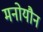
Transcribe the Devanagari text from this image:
मनोयौन